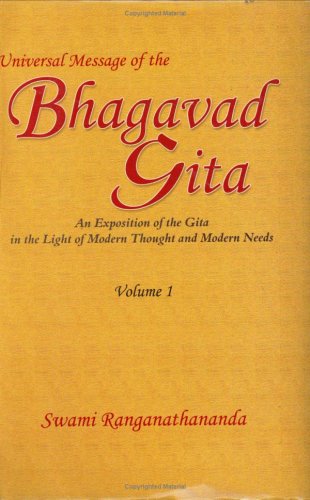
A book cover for Universal Message of the Bhagavad Gita: An Exposition of the Gita in the Light of Modern Thought and Modern Needs, Vol. 1; Swami Ranganathanananda; Religion & Spirituality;